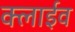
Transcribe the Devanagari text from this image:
क्लाईव